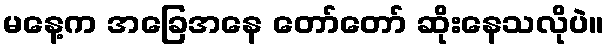
မနေ့က အခြေအနေ တော်တော် ဆိုးနေသလိုပဲ။